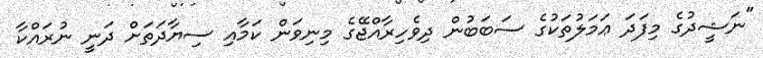
"ނަޝީދުގެ މިފަދަ ޢަމަލުތަކުގެ ސަބަބުން ދިވެހިރާއްޖޭގެ މިނިވަން ކަމާއި ސިޔާދަތަށް ދަނީ ނުރައްކާ